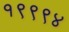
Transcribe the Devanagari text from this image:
१९९९४